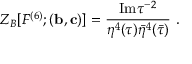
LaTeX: Z _ { B } [ F ^ { ( 6 ) } ; ( { \bf b } , { \bf c } ) ] = \frac { \mathrm { I m } \tau ^ { - 2 } } { \eta ^ { 4 } ( \tau ) \bar { \eta } ^ { 4 } ( \bar { \tau } ) } \ .